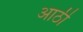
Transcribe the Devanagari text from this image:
आठी